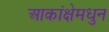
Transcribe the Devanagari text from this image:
आकांक्षेमधुन